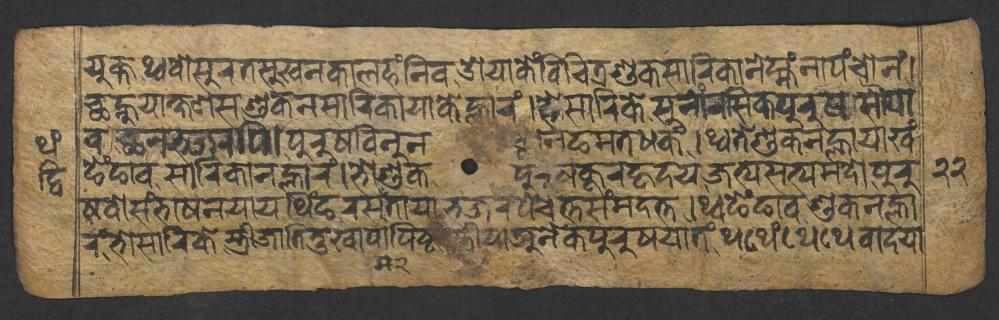
𑐫𑐸𑐎𑑂𑐟,𑐠𑑂𑐰𑐰𑐳𑐸𑐬𑐟𑐳𑐸𑐏𑐣𑐎𑐵𑐮𑐴𑑄𑐣𑐶𑐰,𑐌𑐫𑐵𑐎𑐾𑑄𑐰𑐶𑐔𑐶𑐟𑑂𑐬𑐱𑐸𑐎𑐳𑐵𑐬𑐶𑐎𑐵𑐣𑐾𑐩𑑂𑐴𑑄𑐣𑐵𑐥𑑄𑐔𑑀𑐣𑑄𑑋 𑐕𑐣𑑂𑐴𑐸𑐫𑐵𑐎𑑂𑐲𑐞𑐳𑐱𑐸𑐎𑐣𑐳𑐵𑐬𑐶𑐎𑐵𑐫𑐵𑐎𑐾𑐮𑑂𑐴𑐵𑐬𑑄𑑋𑐴𑐾𑐳𑐵𑐬𑐶𑐎𑐾𑐳𑐸𑐣𑑀𑑄𑐬𑐳𑐶𑐎𑐥𑐸𑐬𑐸𑐲𑐳𑑀𑐫 𑐰𑐕𑐣𑐨𑐖𑐬𑐥𑐶𑑋𑐥𑐸𑐬𑐸𑐲𑐰𑐶𑐣𑐸𑐣𑐕𑐵𑐣𑐒𑐩𑐟𑐢𑐎𑑄,𑑋𑐠𑑂𑐰𑐟𑐾𑐱𑐸𑐎𑐣𑐮𑑂𑐴𑐵𑐫𑐵𑐏𑑄 𑐒𑐾𑑄𑐒𑐵𑐰𑐳𑐵𑐬𑐶𑐎𑐵𑐣𑐮𑑂𑐴𑐵𑐬𑑄𑑋𑐨𑑀𑐱𑐸𑐎𑐥𑐸𑐬𑐸𑐲𑐎𑐹𑐬𑐴𑐺𑐡𑐫,𑐖𑐟𑑂𑐫𑐳𑐟𑑂𑐫𑐩𑐡𑑀,𑐥𑐸𑐬𑐸 𑐲𑐰𑐳𑑄𑐨𑐵𑐲𑐞𑐫𑐵𑐫𑐠𑐶𑑄𑐒𑐬𑐳𑐟𑐵𑐫𑐵𑐨𑐖𑐬𑐥𑐾𑐔𑐾𑐟𑑂𑐟𑐳𑑄𑐩𑐡𑐟𑑂𑐟𑑋𑐠𑑂𑐰𑐒𑐾𑑄𑐒𑐵𑐰𑐱𑐸𑐎𑐣𑐮𑑂𑐴𑐵 𑐬𑑄,𑐨𑑀𑐳𑐵𑐬𑐶𑐎𑐾𑐳𑑂𑐟𑑂𑐬𑐷𑐖𑐵𑐟𑐶𑐟𑐸𑐏𑐵𑐥𑐵𑐥𑐶𑐲𑑂𑐚,𑐳𑑂𑐟𑑂𑐬𑐷𑐫𑐵𑐀𑐣𑐾𑐎𑐥𑐸𑐬𑐸𑐲𑐫𑐵𑐟𑑄𑐠𑐠𑐾𑑄𑐠𑐾𑐠𑐾𑐰𑐵𑐡𑐫𑐵